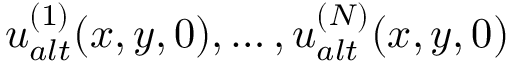
u _ { a l t } ^ { ( 1 ) } ( x , y , 0 ) , \dots , u _ { a l t } ^ { ( N ) } ( x , y , 0 )